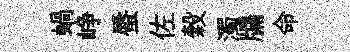
蝸峥蜃佐穀濁牖命